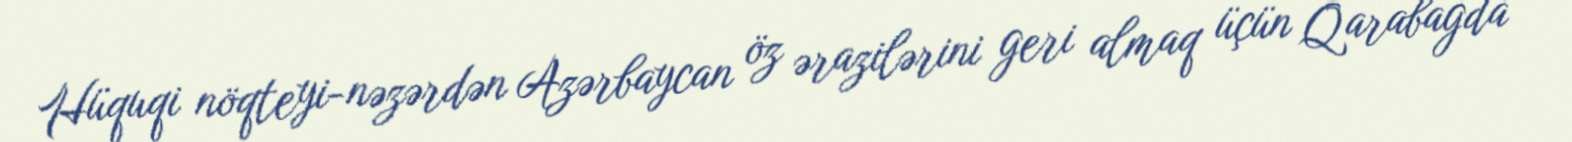
Hüquqi nöqteyi-nəzərdən Azərbaycan öz ərazilərini geri almaq üçün Qarabağda